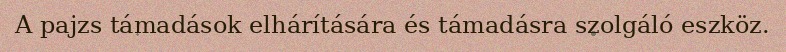
A pajzs támadások elhárítására és támadásra szolgáló eszköz.